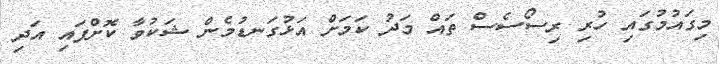
މިގައުމުގައި ހުރި ރިސޯސެސް ތައް މަދު ކަމަށް އަޅުގަނޑުމެން ޝަކުވާ ކޮށްފައި އަދި